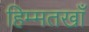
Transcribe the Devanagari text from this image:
हिम्मतखाँ